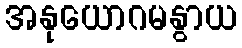
အနုယောဂမနွာယ